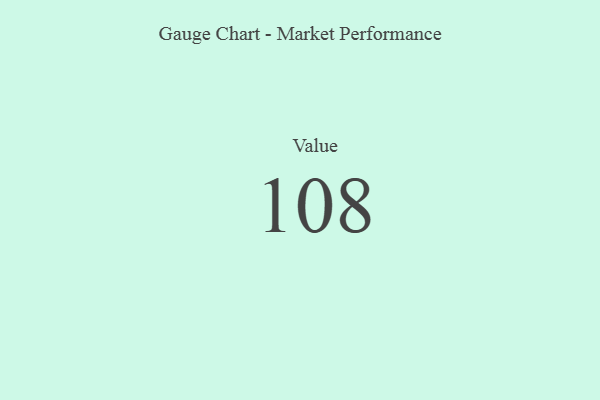
{"axis": {"x": "Metric", "y": "Value"}, "legend": [""], "data": [{"x": "Value", "y": 108, "type": ""}]}